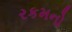
રકમનો